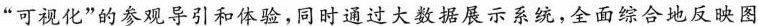
”可视化”的参观导引和体验，同时通过大数据展示系统，全面综合地反映图